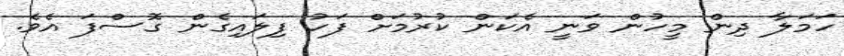
ހަމަލާ ދިން މީހުން ވަނީ އެކަން ކުރުމަށް ފަހު ފިލައިގެން ގޮސްފަ އެވެ.